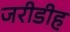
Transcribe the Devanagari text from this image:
जरीडीह